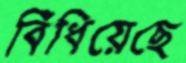
বিঁধিয়েছে